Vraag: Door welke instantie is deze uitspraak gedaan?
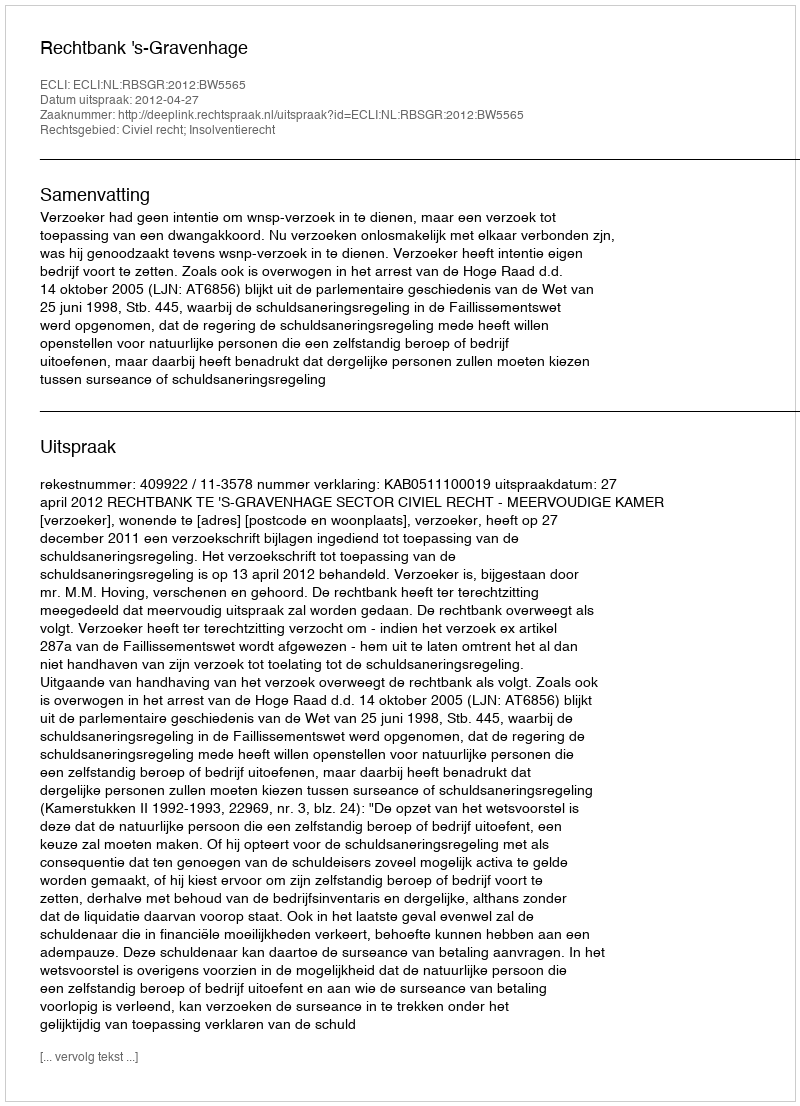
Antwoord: Rechtbank 's-Gravenhage